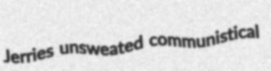
Jerries unsweated communistical